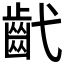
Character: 𢎕